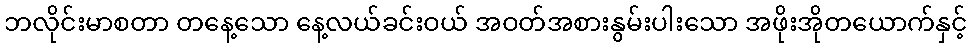
ဘလိုင်းမာစတာ တနေ့သော နေ့လယ်ခင်းဝယ် အဝတ်အစားနွမ်းပါးသော အဖိုးအိုတယောက်နှင့်